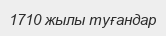
1710 жылы туғандар